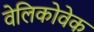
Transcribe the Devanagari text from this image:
वेलिकोवेक